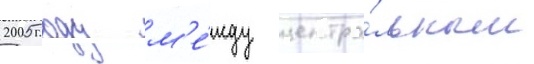
2005 году м'е́жду центра́льным